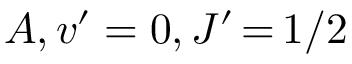
A , v ^ { \prime } = 0 , J ^ { \prime } \, { = } \, 1 / 2